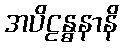
အပိဠန္ဓနာနိ